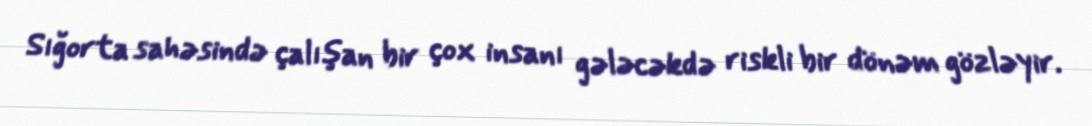
Sığorta sahəsində çalışan bir çox insanı gələcəkdə riskli bir dönəm gözləyir.